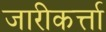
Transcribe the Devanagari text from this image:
जारीकर्त्ता